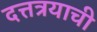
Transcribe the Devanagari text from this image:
दत्तत्रयाची